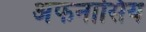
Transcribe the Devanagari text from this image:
अफनासिय